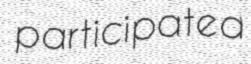
participated